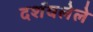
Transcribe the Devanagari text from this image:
दर्शवलेले